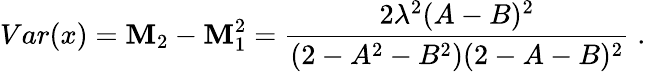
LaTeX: Var(x)=\mathbf{M}_{2}-\mathbf{M}_{1}^{2}=\frac{{2\lambda^{2}(A-B)^{2}}}{{(2-A^{2}-B^{2})(2-A-B)^{2}}}\; .